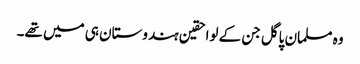
وہ مسلمان پاگل جن کے لواحقین ہندوستان ہی میں تھے۔